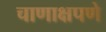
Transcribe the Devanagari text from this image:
चाणाक्षपणे